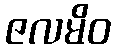
ဇလမိဝ